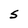
Character: s